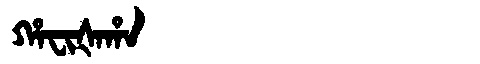
Manchu: ᡥᠠᠸᡳᡧᠠᡥᠠ
Romanization: HAFIŠAHA